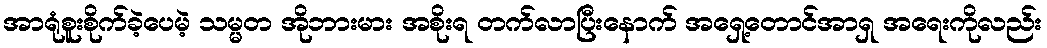
အာရုံစူးစိုက်ခဲ့ပေမဲ့ သမ္မတ အိုဘားမား အစိုးရ တက်လာပြီးနောက် အရှေ့တောင်အာရှ အရေးကိုလည်း